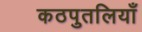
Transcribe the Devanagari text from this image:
कठपुतलियाँ